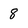
Character: 8